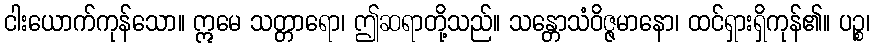
ငါးယောက်ကုန်သော။ ဣမေ သတ္တာရော၊ ဤဆရာတို့သည်။ သန္တောသံဝိဇ္ဇမာနော၊ ထင်ရှားရှိကုန်၏။ ပဉ္စ၊